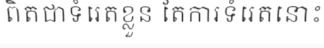
ពិតជាទំរេតខ្លួន តែការទំរេតនោះ